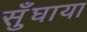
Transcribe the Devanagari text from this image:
सुँघाया